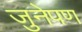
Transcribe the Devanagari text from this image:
जुनेपण